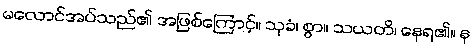
မလောင်အပ်သည်၏ အဖြစ်ကြောင့်။ သုခံ၊ စွာ။ သယတိ၊ နေရ၏။ န